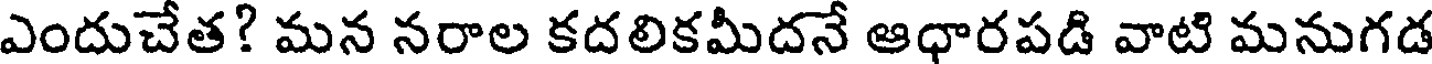
ఎందుచేత? మన నరాల కదలికమీదనే ఆధారపడి వాటి మనుగడ